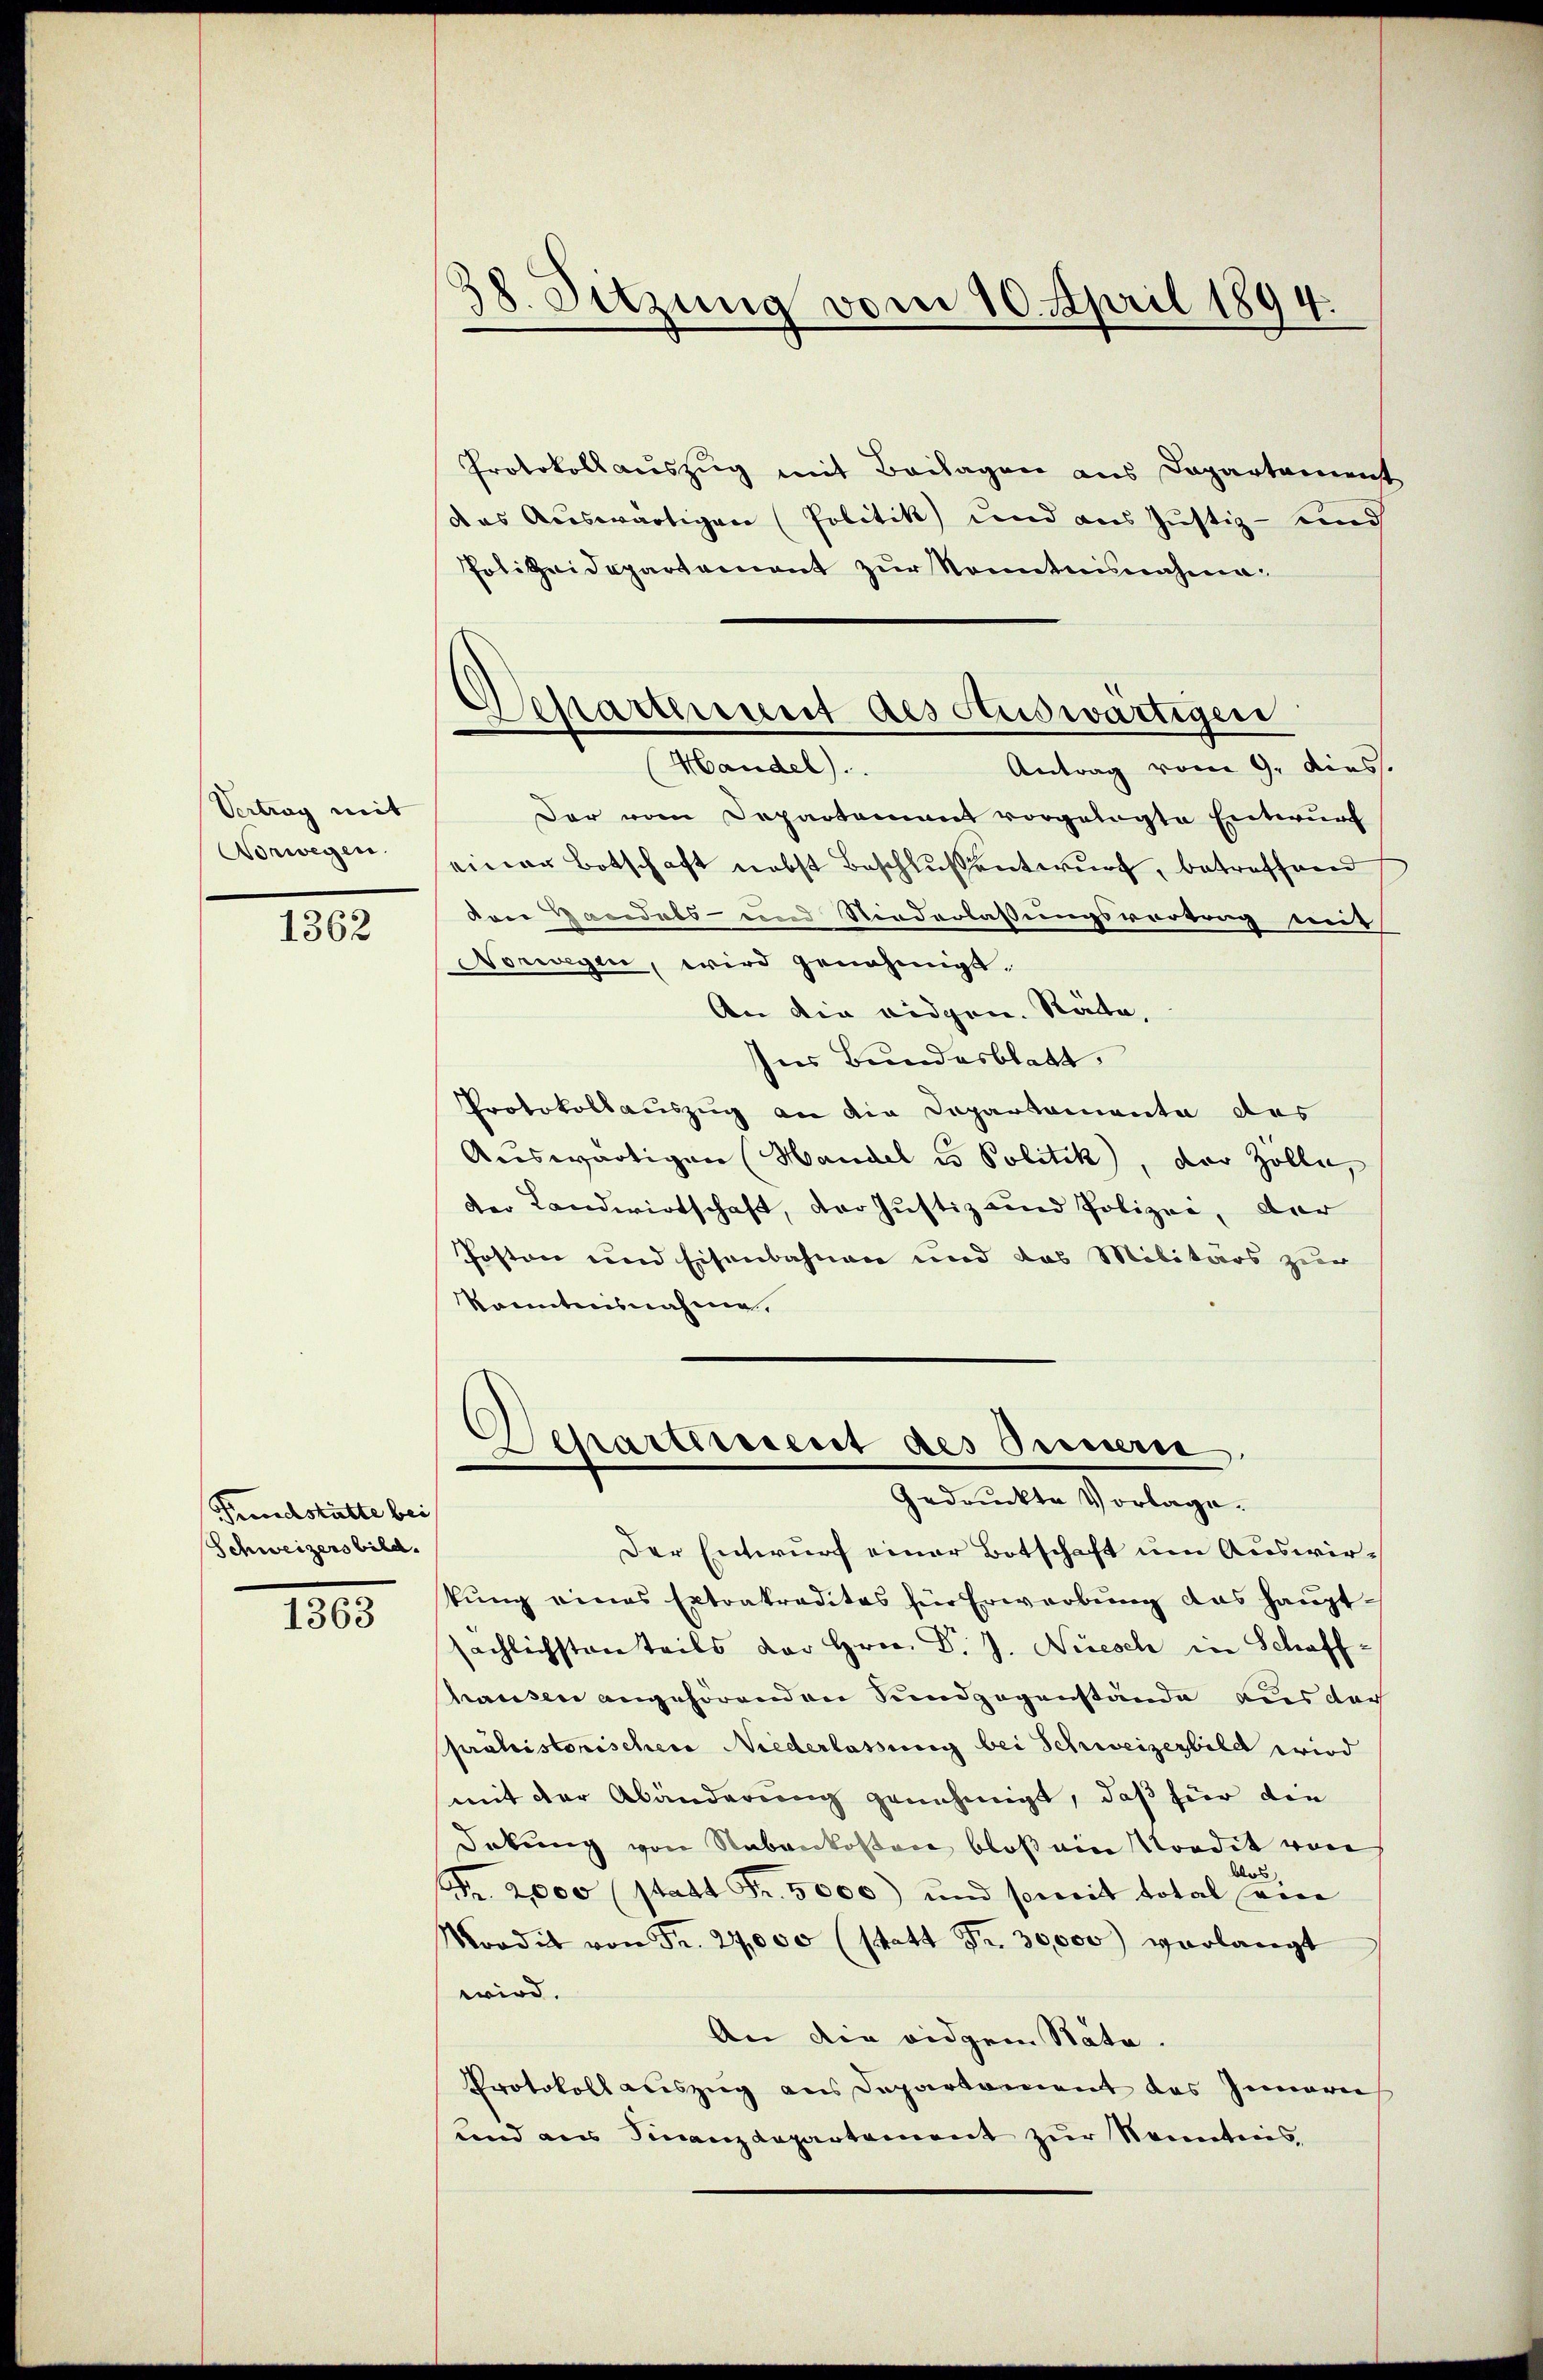
Vertrag mit
Vorwegen.

1362

Grundstätte bei
Schweizers bild.

1363

38. Sitzung vom 10. April 1894.

Protokollauszug mit Beilagen aus Departement
das Auswärtigen (Politik und aus Justiz- und
Polizeidepartement zŭr Sonntnisnahme¬
Der vom Departement vorgelegte Entwurf
einer Botschaft nebst Beschlussentwurf, betreffend
von Handabs- und Niederlassungsvortrag eins
Norwegen, wird genehmigt.
An die eidgen. Räte,
Ins Bundesblatt,
Protokollauszug an die Departamente des
Auswärtigen (Handel es Politik, der Zölle,
der Landwirtschaft, der Justiz und Polizei, der
Posten und Eisenbahnen und das Militärs zur
konntensnahme,
Departeresent des Seinern
Gedruckte Vorlage.
Der Entwurf einer Botschaft um Auswirkŭng eines Extrakraditas für Erwerbŭng das haŭpt-
sächlichsten teils der Hrn. Dr. J. Niesch in Schaff-
hausen angehörenden Sundgegenstände aus der
prohistorischen Niederlassung bei Schweizerbild wird
mit der Abänderung genehmigt, daß für die
Deckung von Nebenkosten bloß ein Vordit von
les
Fr. 2,000 (statt Fr. 5000) und soweit total von
Moodit von Fr. 24,000 (statt Fr. 30,000 verlangt
wird.
An die eidgen Näte.
Protokoll auszug aus Departament das Innern
lend aus Finanzdepartement zur Kenntnis,

Chartement des Auswärtigen
Handel).
Antrag vom 9. dies.